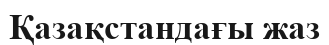
Қазақстандағы жаз